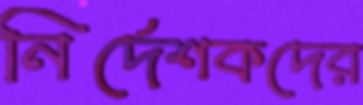
নির্দেশকদের